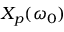
X _ { p } ( \omega _ { 0 } )